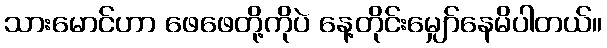
သားမောင်ဟာ ဖေဖေတို့ကိုပဲ နေ့တိုင်းမျှော်နေမိပါတယ်။